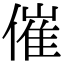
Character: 催